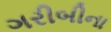
ગરીબીના